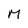
Character: M